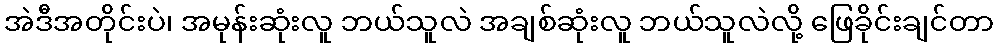
အဲဒီအတိုင်းပဲ၊ အမုန်းဆုံးလူ ဘယ်သူလဲ အချစ်ဆုံးလူ ဘယ်သူလဲလို့ ဖြေခိုင်းချင်တာ